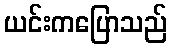
ယင်းကပြောသည်